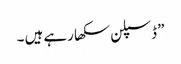
” ڈسپلن سکھا رہے ہیں ۔